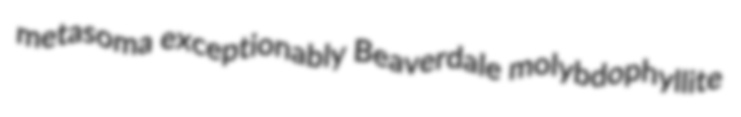
metasoma exceptionably Beaverdale molybdophyllite